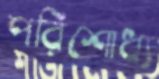
পরিশোধ্য